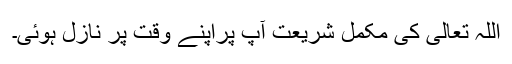
اللہ تعالیٰ کی مکمل شریعت آپؐ پراپنے وقت پر نازل ہوئی۔